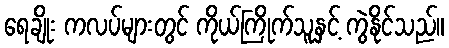
ရေချိုး ကလပ်များတွင် ကိုယ်ကြိုက်သူနှင့် ကွဲနိုင်သည်။